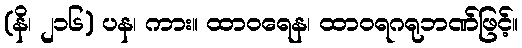
(နိ၊ ၂၁၆) ပန၊ ကား။ ထာဝရေန၊ ထာဝရဂရုဘဏ်ဖြင့်။